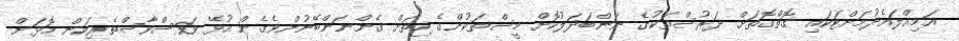
އަމިއްލައެދުމަށްޓަކައި ގޮތްގޮތަށް ދަރުސްތަކުގެ ނަންބަދަލުކޮށް މީސްތަކުންގެ ހިތަށް ގެންނަންބޭނުންވެގެން އުޅޭ ވަސްވާސްތެރިކަން މޮޅަށް